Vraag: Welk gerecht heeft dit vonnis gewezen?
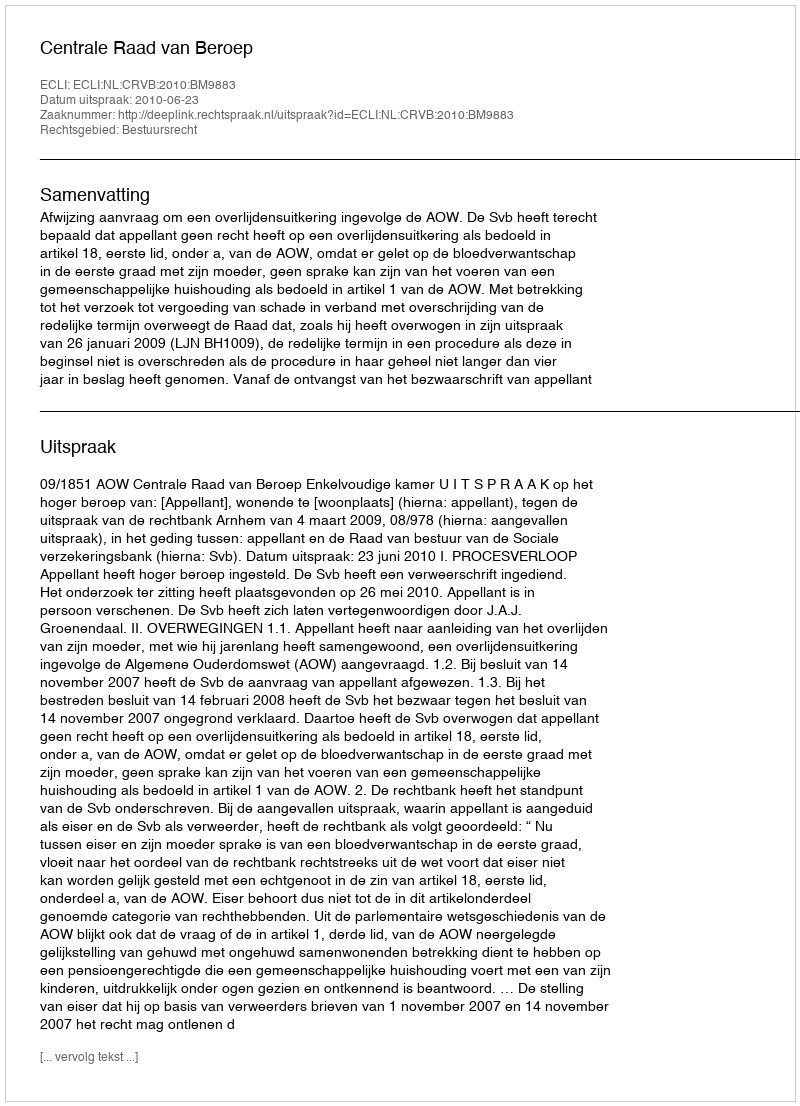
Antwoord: Centrale Raad van Beroep